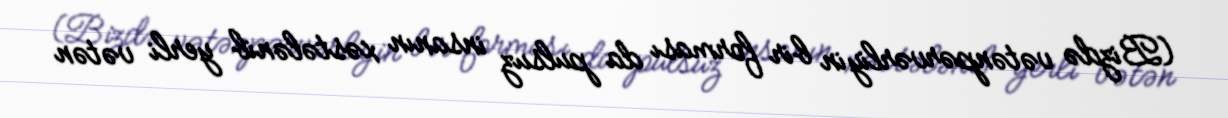
(Bizdə vətənpərvərliyin bir forması da pulsuz insanın xəstələnib yerli vətən